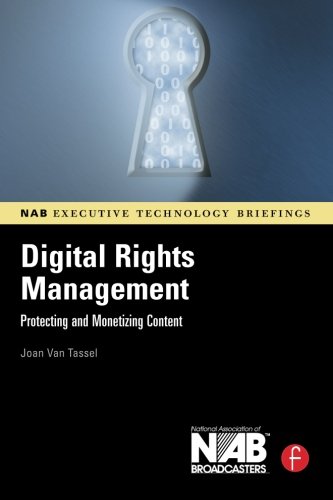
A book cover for Digital Rights Management: Protecting and Monetizing Content (NAB Executive Technology Briefings); Joan Van Tassel; Law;